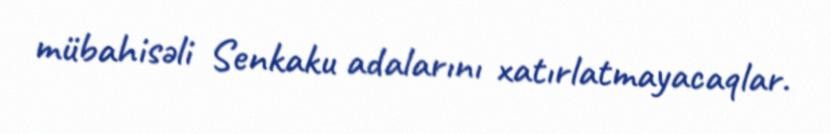
mübahisəli Senkaku adalarını xatırlatmayacaqlar.